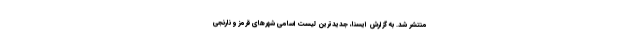
منتشر شد. به گزارش ایسنا،‌ جدیدترین لیست اسامی شهرهای قرمز و نارنجی